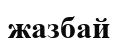
жазбай